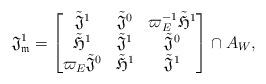
LaTeX: \begin{align*}\mathfrak{J}_\mathfrak{m}^1=\begin{bmatrix}\tilde{\mathfrak{J}}^1 & \tilde{\mathfrak{J}}^0& \varpi_E^{-1}\tilde{\mathfrak{H}}^1\\\tilde{\mathfrak{H}}^1 & \tilde{\mathfrak{J}}^1& \tilde{\mathfrak{J}}^0\\\varpi_E\tilde{\mathfrak{J}}^0 & \tilde{\mathfrak{H}}^1& \tilde{\mathfrak{J}}^1\end{bmatrix}\cap A_W,\end{align*}